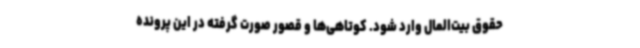
حقوق بیت‌المال وارد شود. کوتاهی‌ها و قصور صورت گرفته در این پرونده